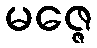
မဇ္ဇေ